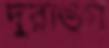
দুরাঙ্গ